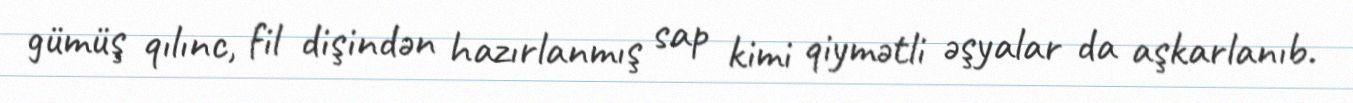
gümüş qılınc, fil dişindən hazırlanmış sap kimi qiymətli əşyalar da aşkarlanıb.